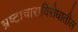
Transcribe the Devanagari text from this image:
भ्रष्टाचाराविरोधातील